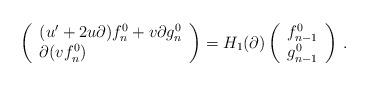
LaTeX: \begin{align*}\left(\begin{array}{l}(u'+2u\partial)f_n^0+v\partial g_n^0\\\partial(vf_n^0)\end{array}\right)=H_1(\partial)\left(\begin{array}{l}f_{n-1}^0 \\ g_{n-1}^0\end{array}\right)\,.\end{align*}